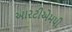
આરટીએમપી